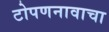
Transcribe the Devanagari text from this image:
टोपणनावाचा